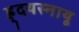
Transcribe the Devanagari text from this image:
ह्र्दयस्नायू